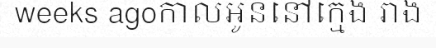
weeks agoកាលអូននៅក្មេង រាង